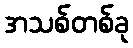
အသစ်တစ်ခု